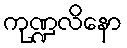
ကုဏ္ဍလိနော